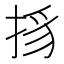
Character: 𢭺